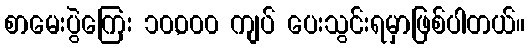
စာမေးပွဲကြေး ၁၀,၀၀၀ ကျပ် ပေးသွင်းရမှာဖြစ်ပါတယ်။